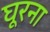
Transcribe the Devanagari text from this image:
घूरना